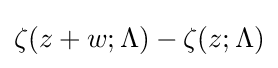
\zeta (z+w;\Lambda )-\zeta (z;\Lambda )